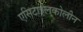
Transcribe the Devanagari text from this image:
एसिटाइलकोलीन